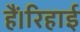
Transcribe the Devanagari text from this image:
हैं।रिहाई